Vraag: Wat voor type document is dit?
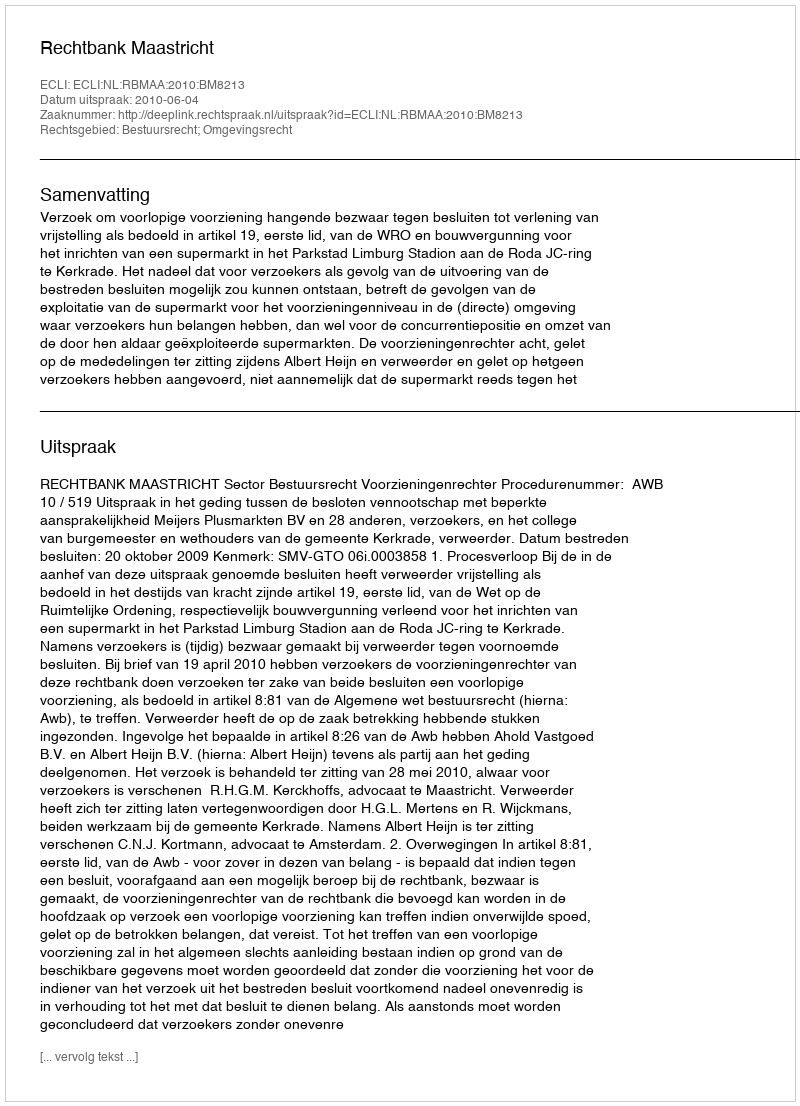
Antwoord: Uitspraak